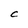
Character: C